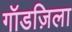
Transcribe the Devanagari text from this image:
गॉडज़िला